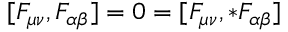
[ F _ { \mu \nu } , F _ { \alpha \beta } ] = 0 = [ F _ { \mu \nu } , { * } F _ { \alpha \beta } ]